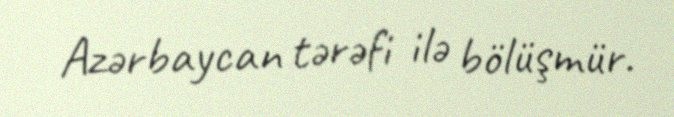
Azərbaycan tərəfi ilə bölüşmür.